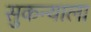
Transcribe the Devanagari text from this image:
सुकन्याला